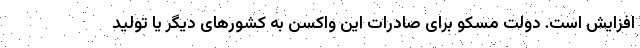
افزایش است. دولت مسکو برای صادرات این واکسن به کشورهای دیگر یا تولید